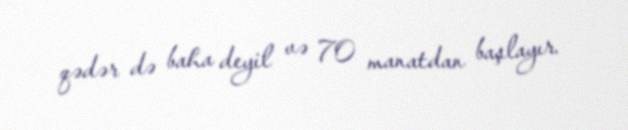
qədər də baha deyil və 70 manatdan başlayır.